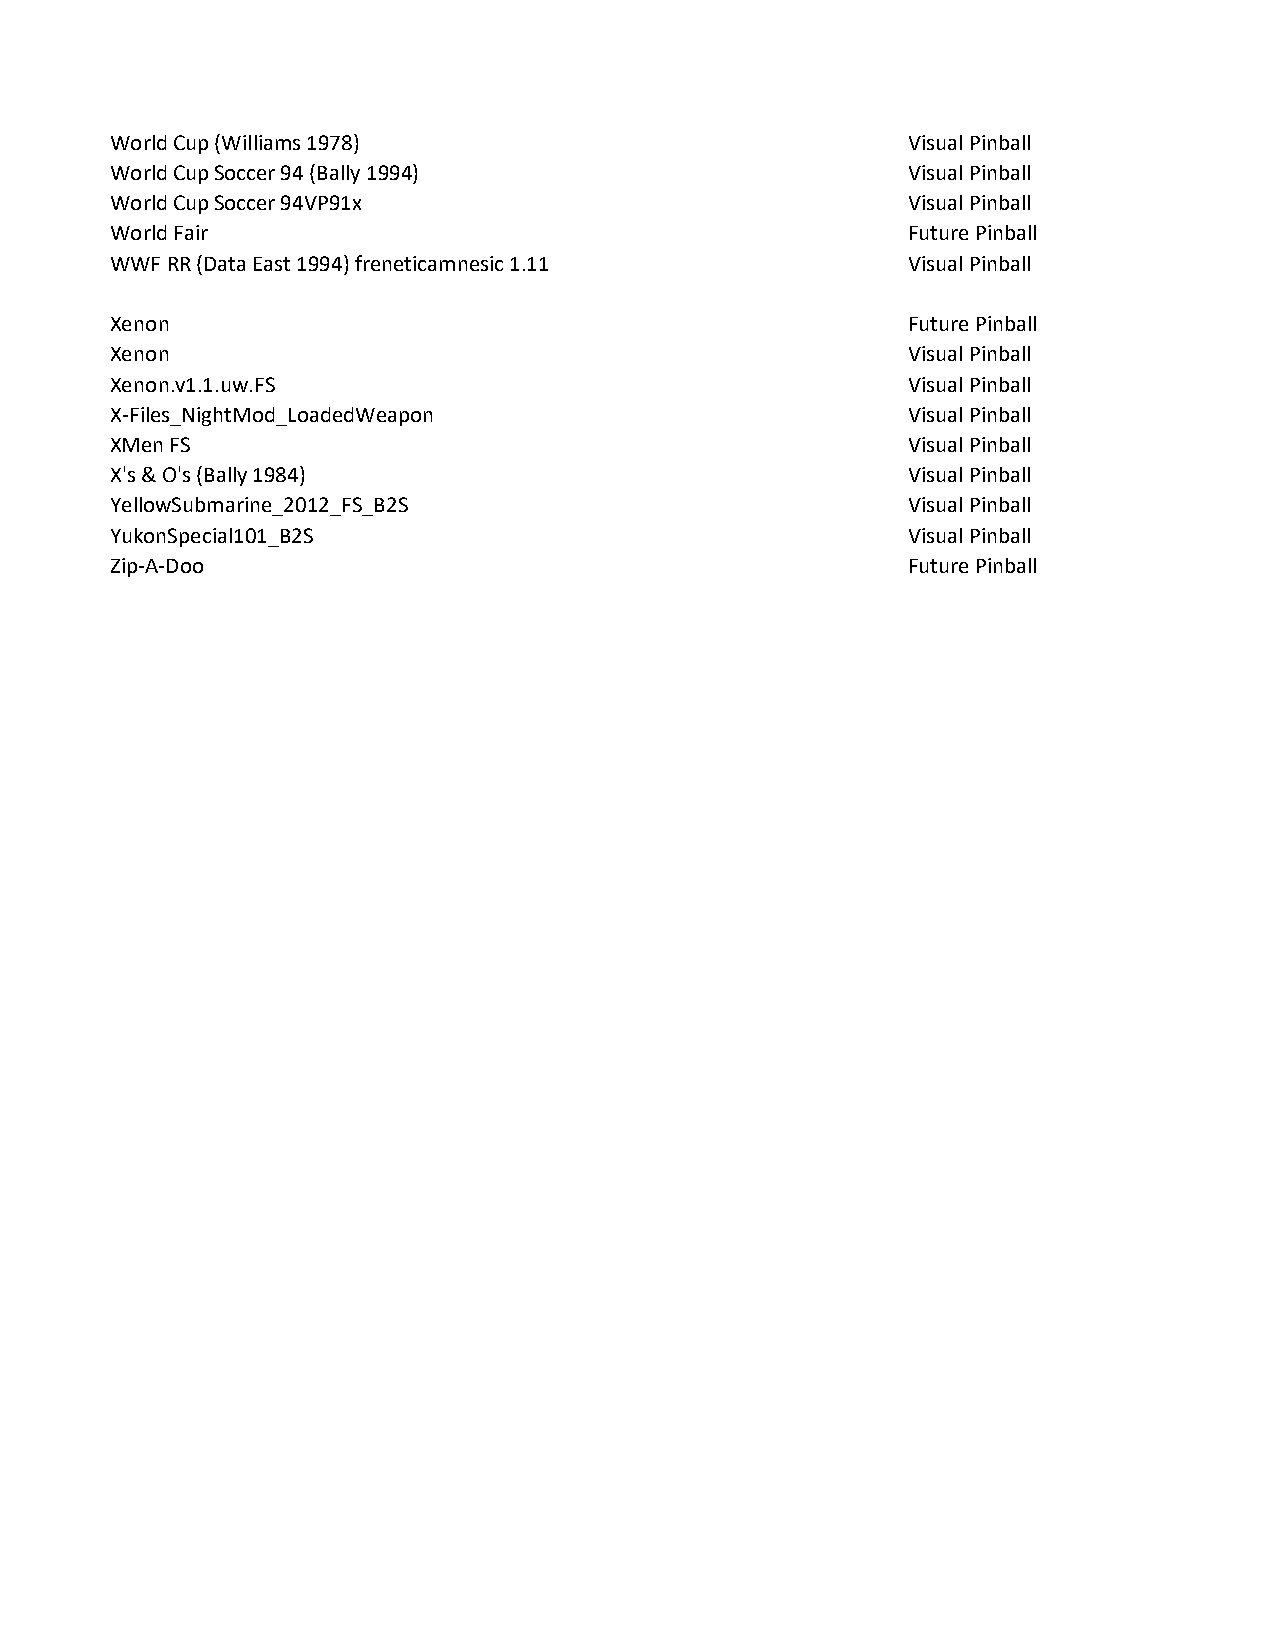
World Cup (Williams 1978)                            Visual Pinball
 World Cup Soccer 94 (Bally 1994)                     Visual Pinball
 World Cup Soccer 94VP91x                             Visual Pinball
 World Fair                                           Future Pinball
 WWF RR (Data East 1994) freneticamnesic 1.11         Visual Pinball
 Xenon                                                Future Pinball
 Xenon                                                Visual Pinball
 Xenon.v1.1.uw.FS                                     Visual Pinball
 X-Files_NightMod_LoadedWeapon                        Visual Pinball
 XMen FS                                              Visual Pinball
 X's & O's (Bally 1984)                               Visual Pinball
 YellowSubmarine_2012_FS_B2S                          Visual Pinball
 YukonSpecial101_B2S                                  Visual Pinball
 Zip-A-Doo                                            Future Pinball